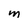
Character: M